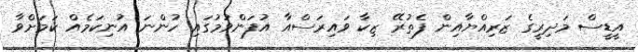
އީޑީސް މަދިރީގެ ޒަރިއްޔާއިން ފެތުރޭ ޒިކާ ވައިރަސްއާ އުފަންވުމުގައި ހުންނަ އުނިކަމެއް ކަމަށްވާ